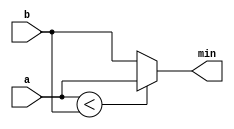
/////////////////////////////////////////////////////////////////////
////                                                             ////
////          eyal@provartec.com                                 ////
////                                                             ////
////  Downloaded from: http://www.opencores.org                  ////
/////////////////////////////////////////////////////////////////////
////                                                             ////
//// Copyright (C) 2010 Provartec LTD                            ////
//// www.provartec.com                                           ////
//// info@provartec.com                                          ////
////                                                             ////
//// This source file may be used and distributed without        ////
//// restriction provided that this copyright statement is not   ////
//// removed from the file and that any derivative work contains ////
//// the original copyright notice and the associated disclaimer.////
////                                                             ////
//// This source file is free software; you can redistribute it  ////
//// and/or modify it under the terms of the GNU Lesser General  ////
//// Public License as published by the Free Software Foundation.////
////                                                             ////
//// This source is distributed in the hope that it will be      ////
//// useful, but WITHOUT ANY WARRANTY; without even the implied  ////
//// warranty of MERCHANTABILITY or FITNESS FOR A PARTICULAR     ////
//// PURPOSE.  See the GNU Lesser General Public License for more////
//// details. http://www.gnu.org/licenses/lgpl.html              ////
////                                                             ////
/////////////////////////////////////////////////////////////////////
//---------------------------------------------------------
//-- File generated by RobustVerilog parser
//-- Version: 1.0
//-- Invoked Fri Mar 25 23:36:57 2011
//--
//-- Source file: prgen_min2.v
//---------------------------------------------------------



module prgen_min2(a,b,min);

   parameter             WIDTH = 8;
   
   input [WIDTH-1:0]      a;
   input [WIDTH-1:0]      b;

   output [WIDTH-1:0]      min;

   
   assign          min = a < b ? a : b;   
   
endmodule